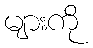
များကို